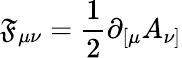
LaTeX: \mathfrak{F}_{\mu\nu}=\frac{{1}}{{2}}\partial_{[\mu}A_{\nu]}